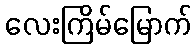
လေးကြိမ်မြောက်